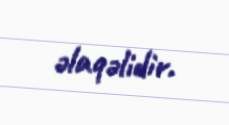
əlaqəlidir.